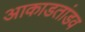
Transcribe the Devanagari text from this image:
आकाडतांडव